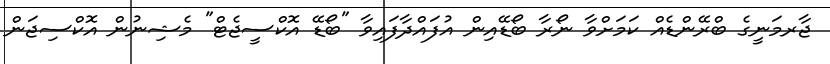
ޖާރމަނީގެ ބްރޭންޑެއް ކަމަށްވާ ނޯރާ ބޯޑޭއިން އުފައްދާފައިވާ "ބޯޑޭ އޮކްސީޖެޓް" މެޝިނުން އޮކްސިޖަން